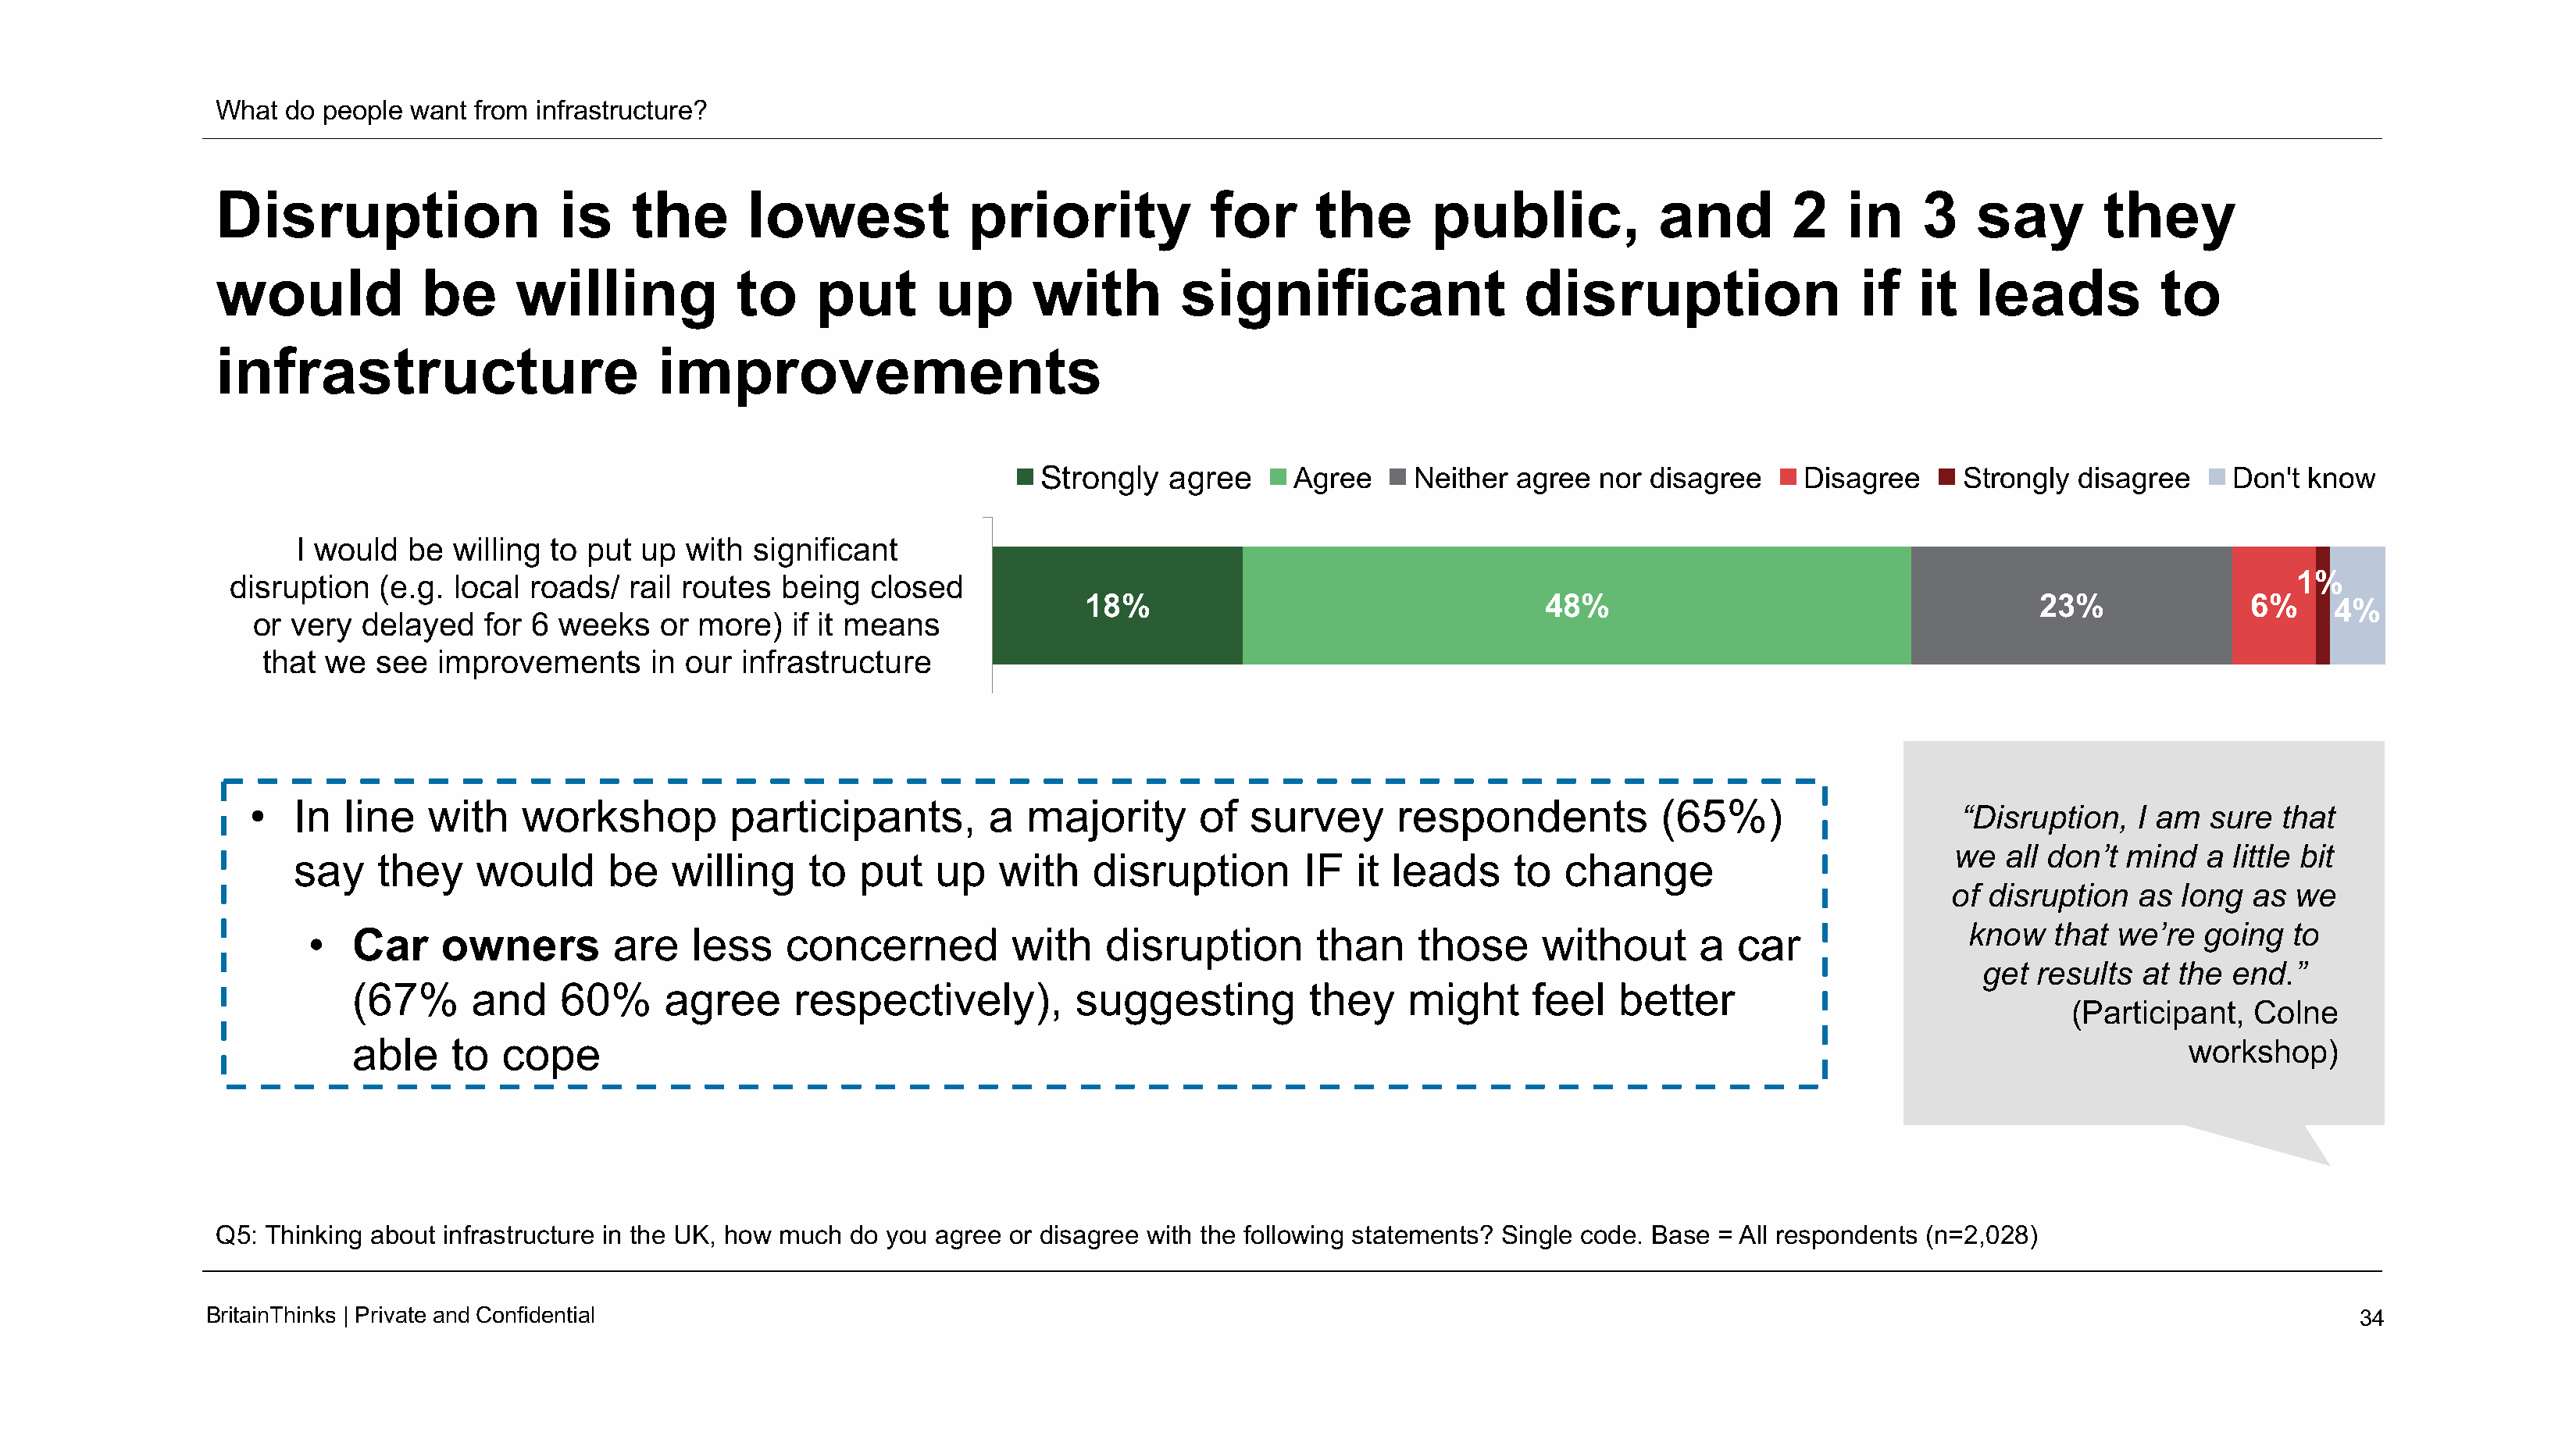
What  do people  want from infrastructure?
 Disruption                   is     the      lowest             priority             for     the       public,             and        2   in     3    say       they
 would             be      willing           to     put       up      with         significant                  disruption                   if   it  leads           to
 infrastructure                        improvements
 Strongly   agree      Agree     Neither  agree  nor disagree     Disagree     Strongly  disagree     Don't  know
 I would   be willing  to put up  with  significant
 1%
 disruption   (e.g. local  roads/  rail routes  being   closed
 18%                                    48%                                       23%               6%     4%
 or  very  delayed   for 6 weeks    or more)   if it means
 that  we  see  improvements      in our  infrastructure
 •   In  line   with    workshop          participants,         a  majority       of  survey      respondents            (65%)
 “Disruption,   I am  sure  that
 we  all don’t mind   a little bit
 say    they    would       be   willing     to  put   up    with    disruption       IF   it leads     to   change
 of disruption   as  long  as  we
 know   that we’re   going  to
 •   Car    owners         are    less    concerned          with    disruption        than    those      without      a  car
 get  results  at the end.”
 (67%      and    60%      agree      respectively),          suggesting          they    might      feel   better
 (Participant,  Colne
 able    to   cope                                                                                                                                           workshop)
 Q5: Thinking about  infrastructure in the UK, how much do you agree or disagree with the following statements? Single code. Base = All respondents (n=2,028)
 BritainThinks | Private andConfidential                                                                                                                                                34